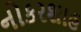
નોકરશાહ